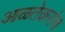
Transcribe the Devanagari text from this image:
आळतेकरांना